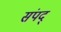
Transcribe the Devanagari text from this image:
संपद्